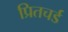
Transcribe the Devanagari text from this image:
प्रितचर्ड